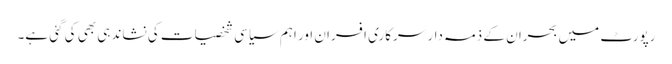
رپورٹ میں بحران کے ذمہ دار سرکاری افسران اور اہم سیاسی شخصیات کی نشاندہی بھی کی گئی ہے۔